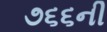
૭૬૬ની